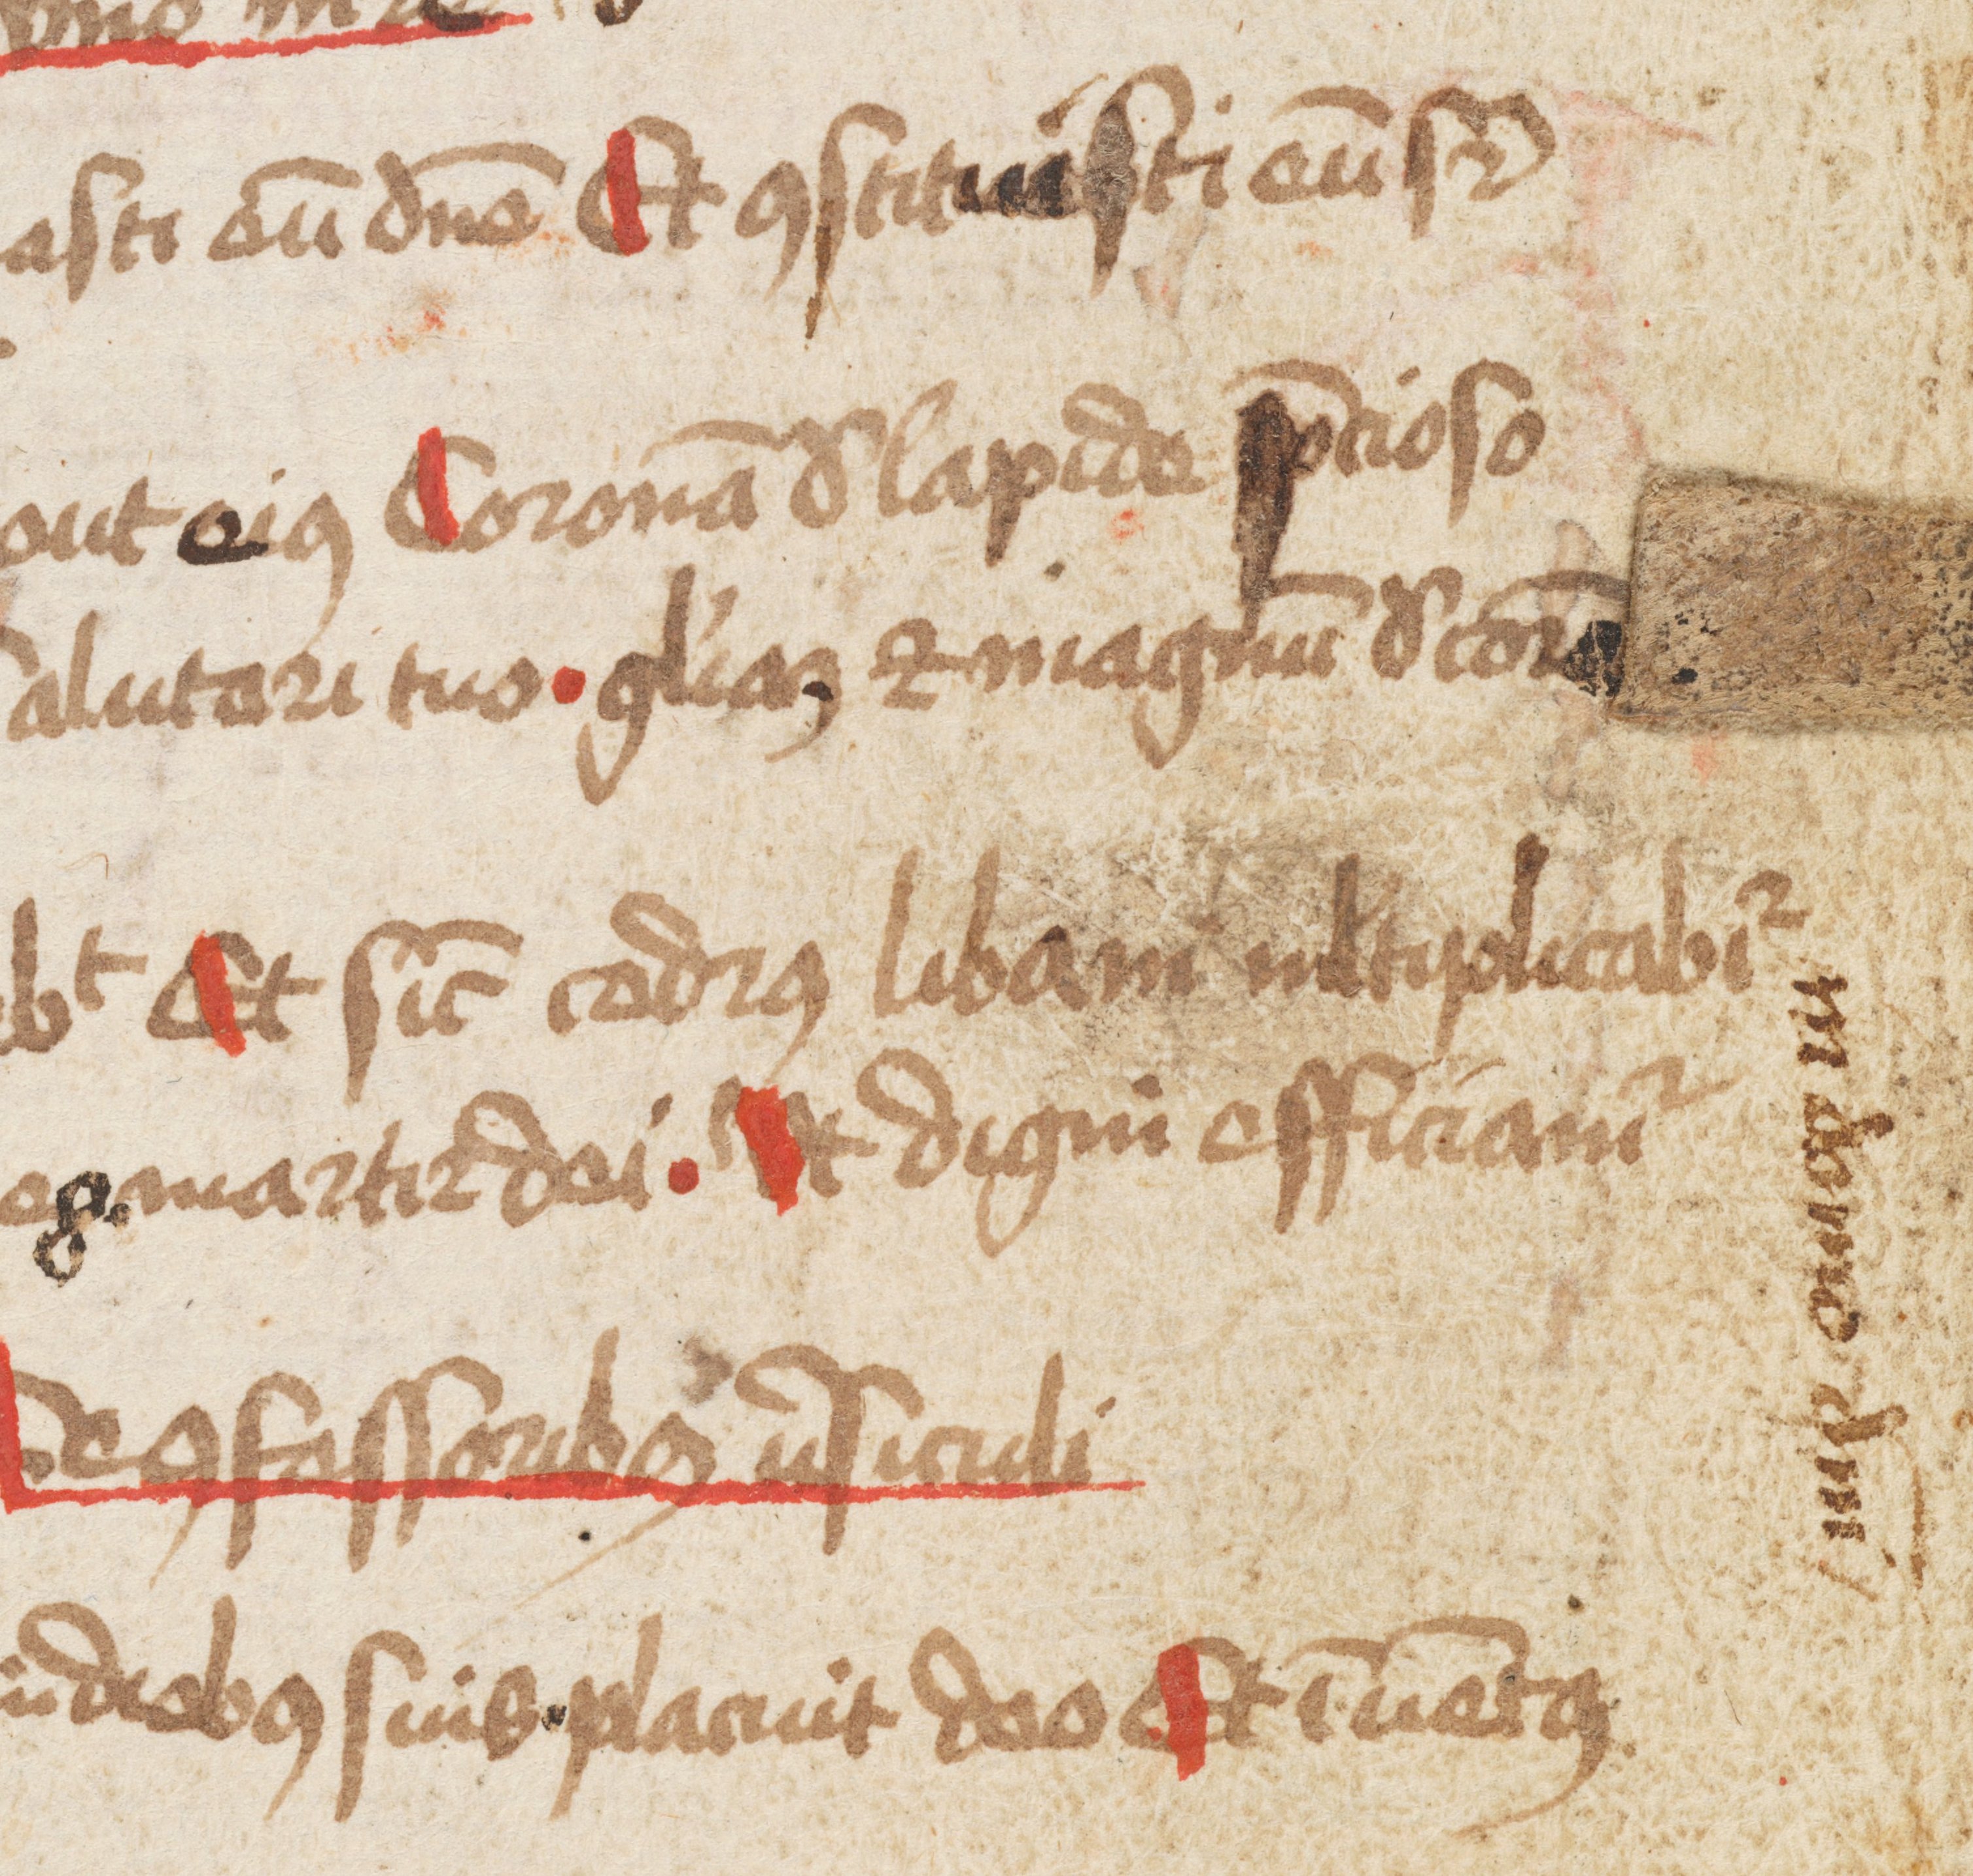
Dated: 1475–1499